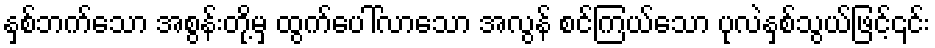
နှစ်ဘက်သော အစွန်းတို့မှ ထွက်ပေါ်လာသော အလွန် စင်ကြယ်သော ပုလဲနှစ်သွယ်ဖြင့်၎င်း